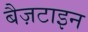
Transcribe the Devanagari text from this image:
बैज़टाइन